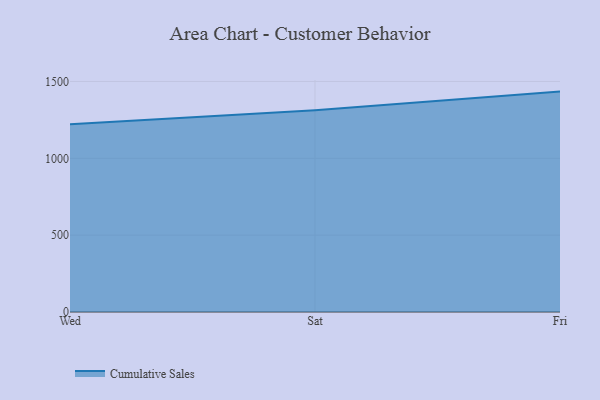
{"axis": {"x": "Day", "y": "Inventory Turnover"}, "legend": ["Cumulative Sales"], "data": [{"x": "Wed", "y": 1221.0, "type": "Cumulative Sales"}, {"x": "Sat", "y": 1312.6, "type": "Cumulative Sales"}, {"x": "Fri", "y": 1434.0, "type": "Cumulative Sales"}]}